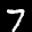
Label: 7